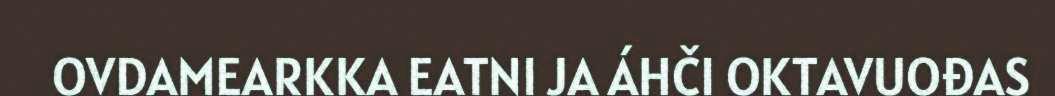
OVDAMEARKKA EATNI JA ÁHČI OKTAVUOĐAS